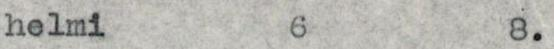
helmi 6 8.